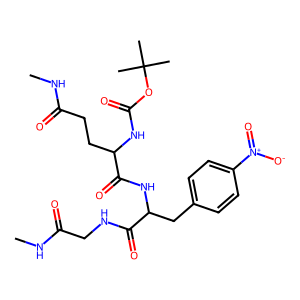
SMILES: CNC(=O)CCC(NC(=O)OC(C)(C)C)C(=O)NC(Cc1ccc([N+](=O)[O-])cc1)C(=O)NCC(=O)NC
Inhibits HIV replication: No